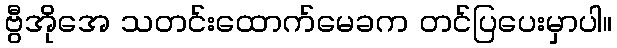
ဗွီအိုအေ သတင်းထောက်မေခက တင်ပြပေးမှာပါ။